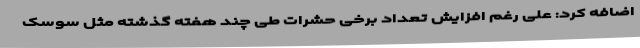
اضافه کرد: علی رغم افزایش تعداد برخی حشرات طی چند هفته گذشته مثل سوسک